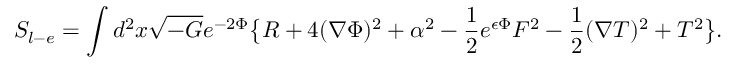
S _ { l - e } = \int d ^ { 2 } x \sqrt { - G } e ^ { - 2 \Phi } \big \{ R + 4 ( \nabla \Phi ) ^ { 2 } + \alpha ^ { 2 } - { \frac { 1 } { 2 } } e ^ { \epsilon \Phi } F ^ { 2 } - { \frac { 1 } { 2 } } ( \nabla T ) ^ { 2 } + T ^ { 2 } \big \} .